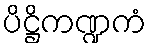
ပိဋ္ဌိကဏ္ဍကံ